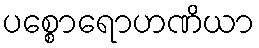
ပစ္စောရောဟဏိယာ